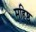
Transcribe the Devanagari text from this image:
महिष्ठ